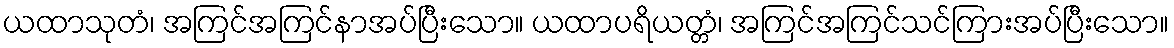
ယထာသုတံ၊ အကြင်အကြင်နာအပ်ပြီးသော။ ယထာပရိယတ္တံ၊ အကြင်အကြင်သင်ကြားအပ်ပြီးသော။